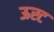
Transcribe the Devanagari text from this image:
ऊस्ट